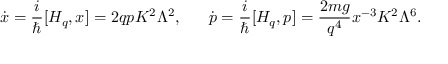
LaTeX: \dot { x } = { \frac { i } { \hbar } } [ { \cal H } _ { q } , x ] = 2 q p K ^ { 2 } \Lambda ^ { 2 } , \ \ \ \ \ \dot { p } = { \frac { i } { \hbar } } [ { \cal H } _ { q } , p ] = { \frac { 2 m g } { q ^ { 4 } } } x ^ { - 3 } K ^ { 2 } \Lambda ^ { 6 } .